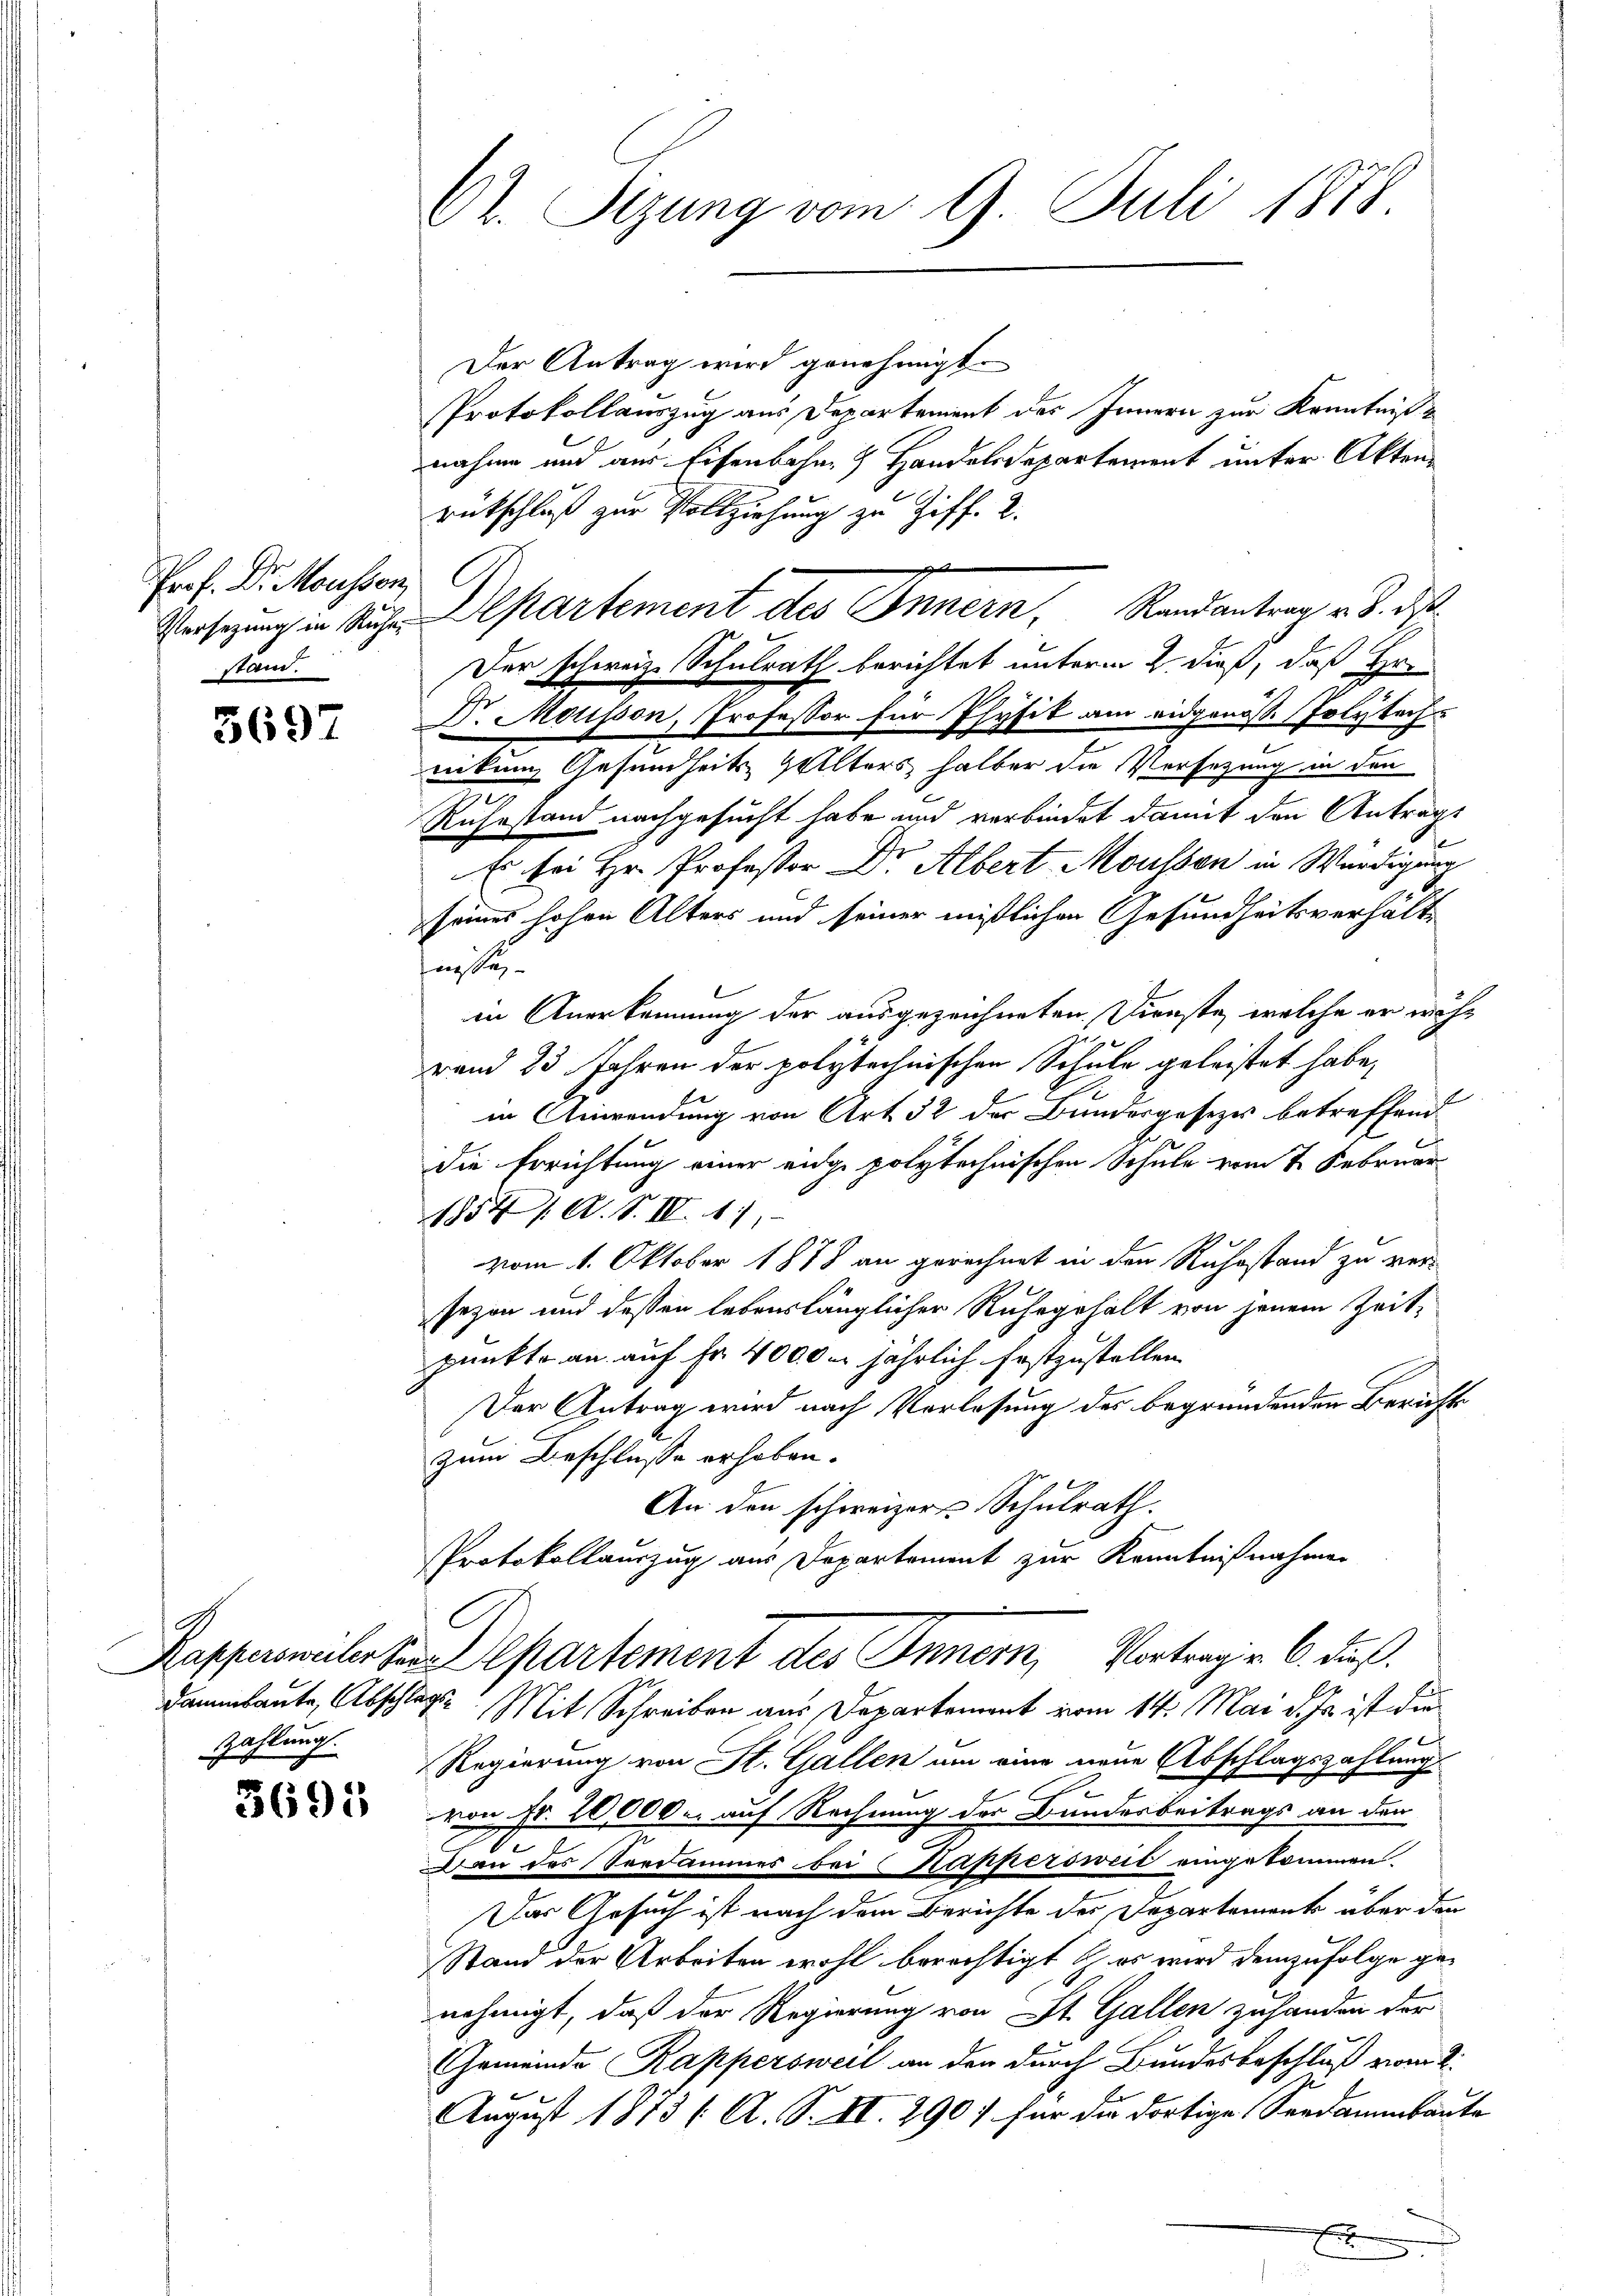
Prof. Dr. Moussor
stand.

5697

9
zahlung.

3695

Der Antrag wird genehmigt.
Protokollauszug aus Departement des Innern zur Kenntniße
nahme und aus Eisenbahn- & Handelsdepartement unter Aktenrütschluß zur Vollziehung zu Ziff. 2.
Versezung in Ruhe. Departement des Innern, Randantrag v. 8. d
Der schweiz. Schulrath berichtet unterm 2. dieß, daß Hr.
Dr. Mousson, Professor für Physik am eidgenöss. Polytech-
.
nikung Gesundheits Alters halber die Versezung in den
n
g
Ruhestand nachgesucht habe und verbindet damit den Antrags
Es bei Hr. Professor Dr. Albert Moussen in Würdigung
seines hohen Alters und seiner mißlichen Gesundheitsverhältfeste
in Anerkennung der ausgezeichneten Dienste, welche er währand 23 Jahren der polytechnischen Schule geleistet habe,
in Anwendung von Art. 32 der Bundesgesezes betreffend
die Errichtung einer eidge polytechnischen Schule vom 7. Februar
1854 / A. S. IV. 17,
vom 1. Oktober 1878 an gerechnet in den Ruhestand zu ver-
sezen und dessen lebenslänglicher Ruhegehalt von jenem Zeit,
punkte an auf Fr. 4000 m jährlich festzustellen.
Der Antrag wird nach Vorlesung des begründenden Berichts
zum Beschlusse erhoben.
An den schweizers Schulrath.
PProtokollauszug aus Departement zur Kenntnißnahmen
C
Kappersweiler sera partement des Innern, Vortrag v. 6. dieß.
Dammbaute, Abschlage Mit Schreiben aus Departement vom 14. Mai d. Js. ist die
Regierung von St. Gallen um eine neue Abschlagszahlung
e
von Fr. 20000. auf Rechnung der Bundesbeitrags an den
Dan des Verdammes bei Kappersweil eingekommen.
Das Gesuch ist nach dem Berichte des Departement über der
Stand der Arbeiten wohl berichtigt & es wird demzufolge genehmigt, daß der Regierung von St. Gallen zuhanden der
Gemeinde Kappersweil an den durch Bundesbeschluß vom 2.
f
August 1873 (A. S. II. 2907 für die dortige Seedammbaute

Ct. Sizung vom 9. Juli 1878.

g